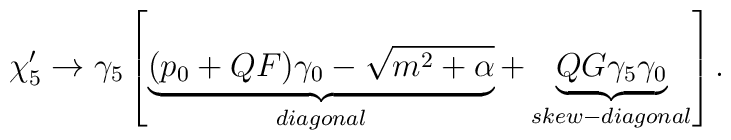
\chi _{5}^{\prime }\rightarrow \gamma _{5}\left[ \underbrace{(p_{0}+QF)\gamma _{0}-\sqrt{m^2+\alpha}}_{diagonal}+\underbrace{QG\gamma_{5}\gamma _{0}}_{skew-diagonal}\right].